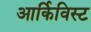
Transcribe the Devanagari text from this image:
आर्किविस्ट